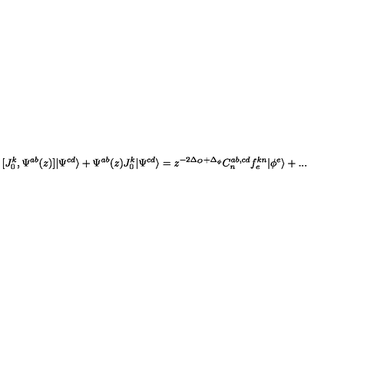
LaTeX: [ J _ { 0 } ^ { k } , \Psi ^ { a b } ( z ) ] | \Psi ^ { c d } \rangle + \Psi ^ { a b } ( z ) J _ { 0 } ^ { k } | \Psi ^ { c d } \rangle = z ^ { - 2 \Delta _ { O } + \Delta _ { \phi } } C _ { n } ^ { a b , c d } f _ { e } ^ { k n } | \phi ^ { e } \rangle + . . .